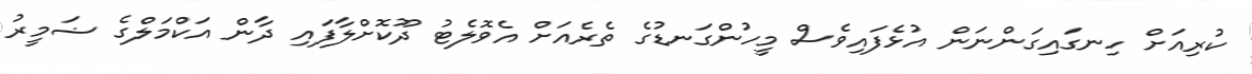
ކުރިއަށް ހިނގައިގަންނަން އުޅެފައިވެސް މީހުންގަނޑުގެ ތެރެއަށް އެވޮލެޓު ދޫކޮށްލާފައި ދާން އަކްމަލްގެ ޟަމީރު